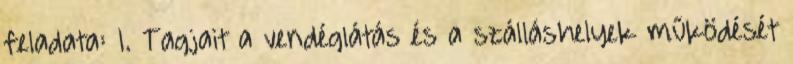
feladata: 1. Tagjait a vendéglátás és a szálláshelyek működését